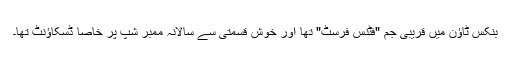
بنکس ٹاؤن میں قریبی جم "فٹنس فرسٹ" تھا اور خوش قسمتی سے سالانہ ممبر شپ پر خاصا ڈسکاؤنٹ تھا۔